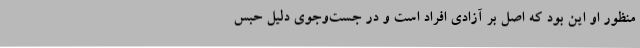
منظور او این بود که اصل بر آزادی افراد است و در جست‌و‌جوی دلیل حبس